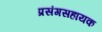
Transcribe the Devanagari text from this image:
प्रसंगसहायक